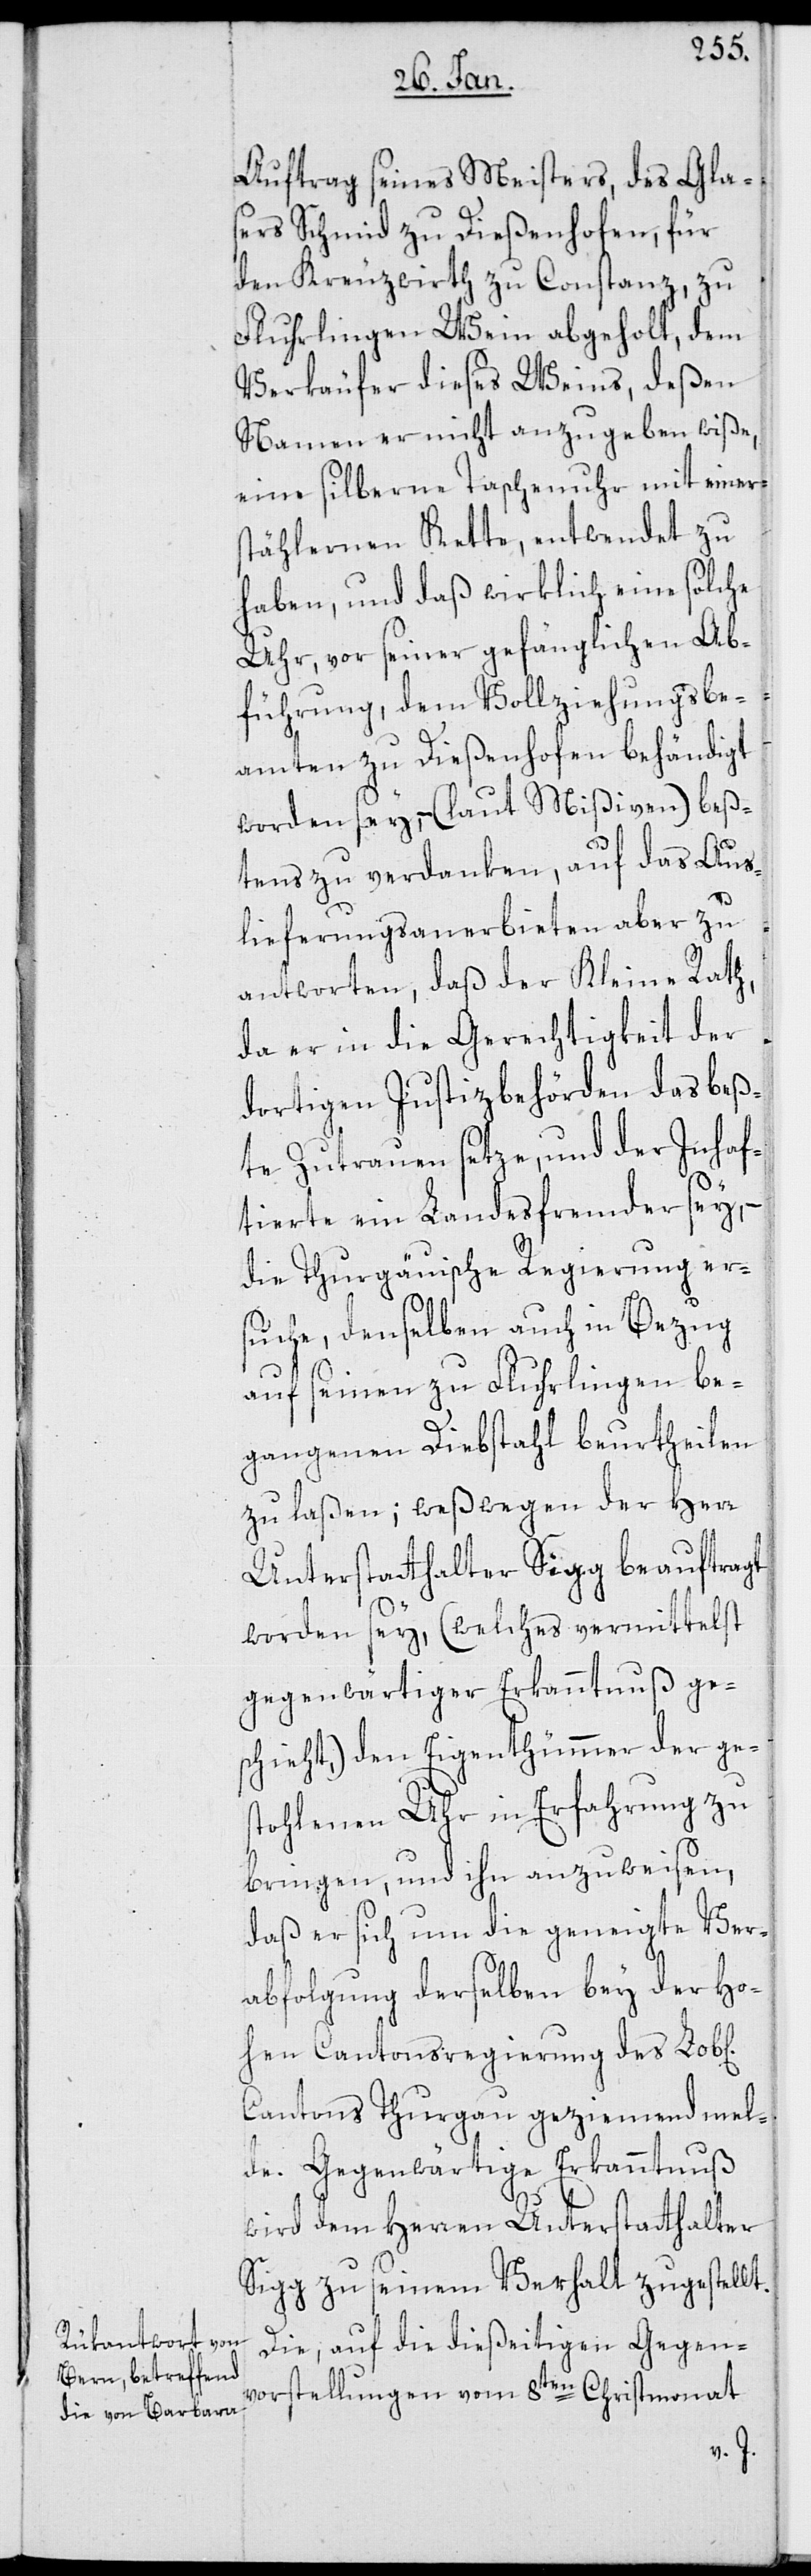
Auftrag seines Meisters, des Glas¬
ers Schmid zu Dießenhofen, für
den Kreuzwirth zu Constanz zu
Flurlingen Wein abgeholt, dem
Verkäufer dieses Weins, deßen
Namen er nicht anzugeben wiße,
eine silberne Taschenuhr mit einer
stählernen Kette, entwendet zu
haben, und daß wirklich eine solche
Uhr, vor seiner gefänglichen Ab¬
führung, dem Vollziehungsbe¬
amten zu Dießenhofen behändigt
worden sey, – (laut Mißiven) beß¬
tens zu verdanken, auf das Aus¬
lieferungsanerbieten aber zu
antworten, daß der Kleine Rath,
da er in die Gerechtigkeit der
dortigen Justizbehörden das beß¬
te Zutrauen setze, und der Inhaf¬
tierte ein Landsfremder sey, –
die Thurgauische Regierung er¬
suche, denselben auch in Bezug
auf seinen zu Flurlingen be¬
gangenen Diebstahl beurtheilen
zu laßen; weßwegen der Herr
Unterstatthalter Sigg beauftragt
worden sey, (welches vermittelst
gegenwärtiger Erkanntnuß ge¬
schieht), den Eigenthümmer der ge¬
stohlenen Uhr in Erfahrung zu
bringen, und ihn anzuweisen,
daß er sich um die geneigte Ver¬
abfolgung derselben bey der Ho¬
hen Cantonsregierung des Lob[li¬
Cantons Thurgau geziemend mel¬
de. Gegenwärtige Erkanntnuß
wird dem Herren Unterstatthalter
Sigg zu seinem Verhalt zugestellt.
Die auf die dießeitigen Gegen¬
vorstellungen vom 8ten Christmonat

chen]